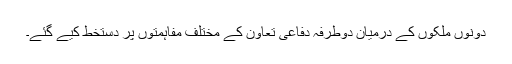
دونوں ملکوں کے درمیان دوطرفہ دفاعی تعاون کے مختلف مفاہمتوں پر دستخط کیے گئے۔